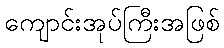
ကျောင်းအုပ်ကြီးအဖြစ်